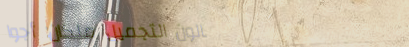
صالون التجميل ملكان: أجوا